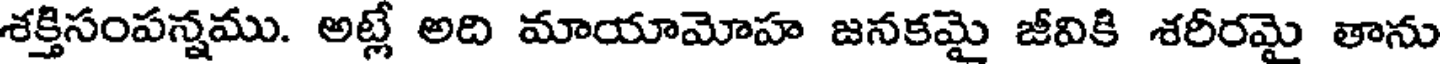
శక్తిసంపన్షము. అట్లే అది మాయామోహ జనకమై జీవికి శరీరమై తాను